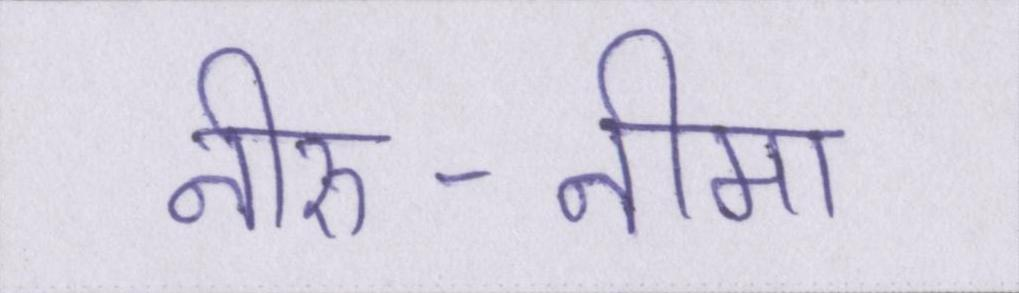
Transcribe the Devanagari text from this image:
नीरु-नीमा